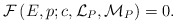
\begin{align*} {\cal F}\left(E, p; c, {\cal L}_P, {\cal M}_P\right) =0.\end{align*}